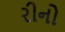
રીનો